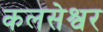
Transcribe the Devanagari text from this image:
कलसेश्वर